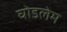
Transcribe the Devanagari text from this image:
घोडलेम